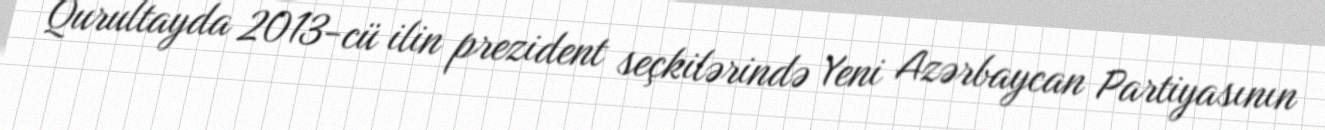
Qurultayda 2013-cü ilin prezident seçkilərində Yeni Azərbaycan Partiyasının